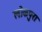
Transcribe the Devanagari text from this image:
लोकपुरा